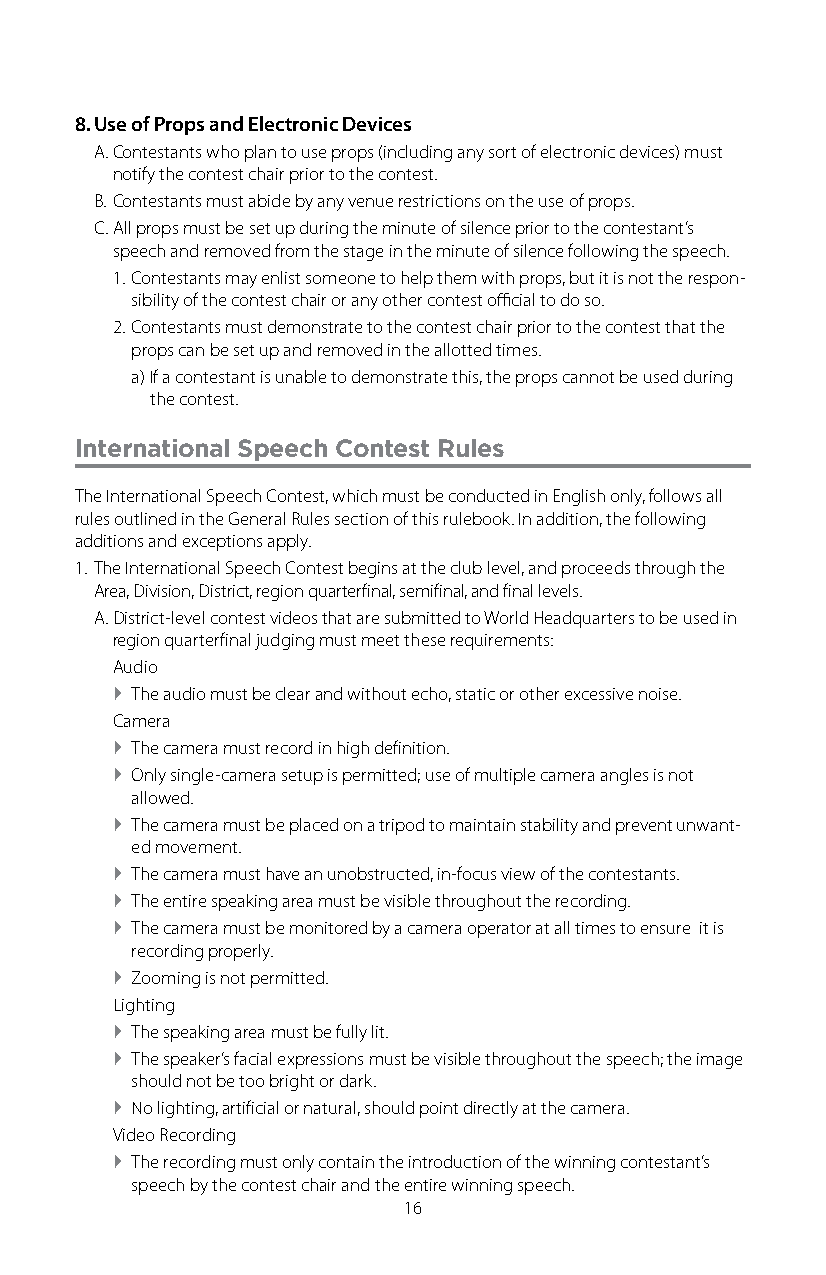
8. Use of Props and Electronic Devices
 A. Contestants who plan to use props (including any sort of electronic devices) must
 notify the contest chair prior to the contest.
 B. Contestants must abide by any venue restrictions on the use of props.
 C. All props must be set up during the minute of silence prior to the contestant’s
 speech and removed from the stage in the minute of silence following the speech.
 1. Contestants may enlist someone to help them with props, but it is not the respon-
 sibility of the contest chair or any other contest official to do so.
 2. Contestants must demonstrate to the contest chair prior to the contest that the
 props can be set up and removed in the allotted times.
 a) If a contestant is unable to demonstrate this, the props cannot be used during
 the contest.
 International Speech Contest Rules
 The International Speech Contest, which must be conducted in English only, follows all
 rules outlined in the General Rules section of this rulebook. In addition, the following
 additions and exceptions apply.
 1. The International Speech Contest begins at the club level, and proceeds through the
 Area, Division, District, region quarterfinal, semifinal, and final levels.
 A. District-level contest videos that are submitted to World Headquarters to be used in
 region quarterfinal judging must meet these requirements:
 Audio
 ` The audio must be clear and without echo, static or other excessive noise.
 Camera
 ` The camera must record in high definition.
 ` Only single-camera setup is permitted; use of multiple camera angles is not
 allowed.
 ` The camera must be placed on a tripod to maintain stability and prevent unwant-
 ed movement.
 ` The camera must have an unobstructed, in-focus view of the contestants.
 ` The entire speaking area must be visible throughout the recording.
 ` The camera must be monitored by a camera operator at all times to ensure it is
 recording properly.
 ` Zooming is not permitted.
 Lighting
 ` The speaking area must be fully lit.
 ` The speaker’s facial expressions must be visible throughout the speech; the image
 should not be too bright or dark.
 ` No lighting, artificial or natural, should point directly at the camera.
 Video Recording
 ` The recording must only contain the introduction of the winning contestant’s
 speech by the contest chair and the entire winning speech.
 16